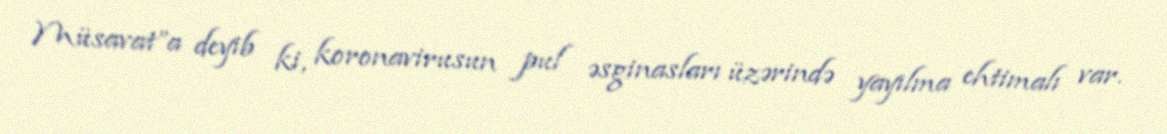
Müsavat”a deyib ki, koronavirusun pul əsginasları üzərində yayılma ehtimalı var.